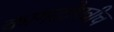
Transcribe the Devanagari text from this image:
कागदोपत्रीच